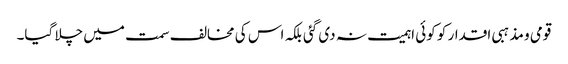
قومی و مذہبی اقدار کو کوئی اہمیت نہ دی گئی بلکہ اس کی مخالف سمت میں چلا گیا۔